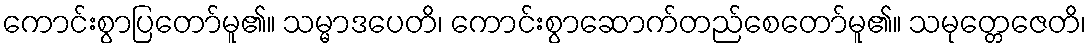
ကောင်းစွာပြတော်မူ၏။ သမ္မာဒပေတိ၊ ကောင်းစွာဆောက်တည်စေတော်မူ၏။ သမုတ္တေဇေတိ၊